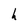
Character: h